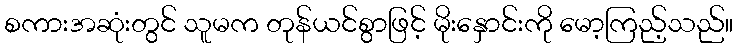
စကားအဆုံးတွင် သူမက တုန်ယင်စွာဖြင့် မိုးနှောင်းကို မော့ကြည့်သည်။